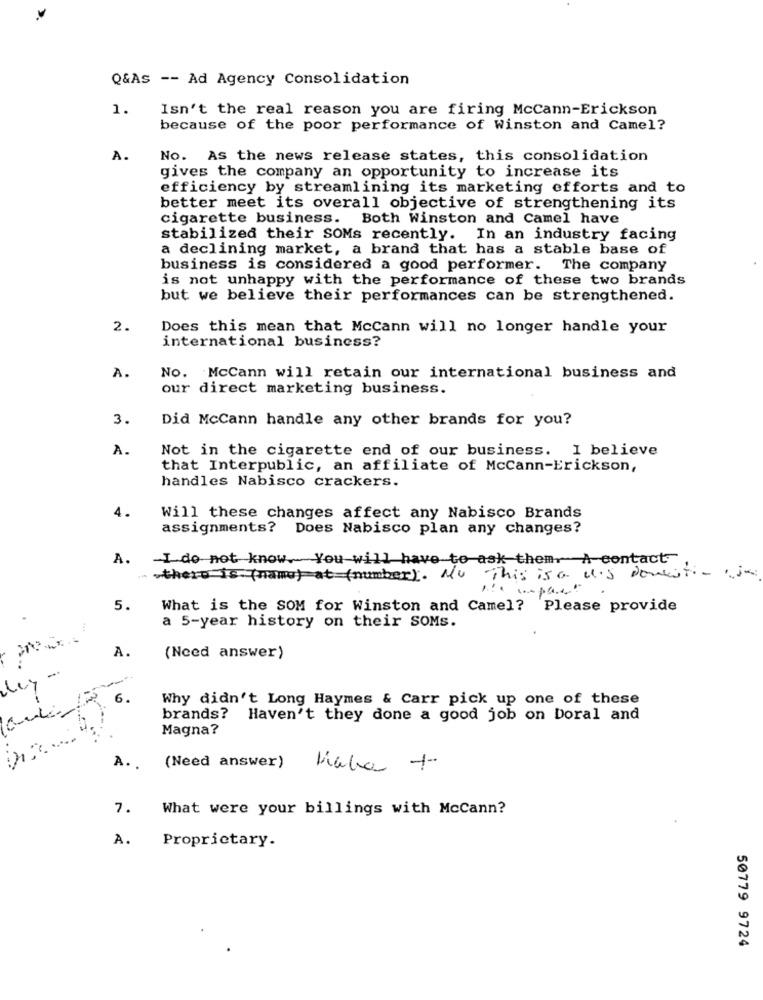
Q&AS -- Ad Agency Consolidation
1.
Isn't the real reason you are firing McCann-Erickson
because of the poor performance of Winston and Camel?
A.
No. As the news release states, this consolidation
gives the company an opportunity to increase its
efficiency by streamlining its marketing efforts and to
better meet its overall objective of strengthening its
cigarette business. Both Winston and Camel have
stabilized their SOMs recently. In an industry facing
a declining market, a brand that has a stable base of
business is considered a good performer. The company
is not unhappy with the performance of these two brands
but we believe their performances can be strengthened.
2.
Does this mean that McCann will no longer handle your
international business?
A.
No. McCann will retain our international business and
our direct marketing business.
3.
Did McCann handle any other brands for you?
A.
Not in the cigarette end of our business. I believe
that Interpublic, an affiliate of McCann-Erickson,
handles Nabisco crackers.
4.
Will these changes affect any Nabisco Brands
assignments? Does Nabisco plan any changes?
A.
-I do not know. You will have to ask them. A contact-
.there is (name) at (number). No
This is a u.s domestic ja
5.
What is the SOM for Winston and Camel? Please provide
a 5-year history on their SOMs.
A.
(Need answer)
ley-
6.
Why didn't Long Haymes & Carr pick up one of these
brands? Haven't they done a good job on Doral and
Magna?
A. .
(Need answer)
7.
What were your billings with Mccann?
A.
Proprietary.
50779 9724